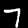
Label: 7